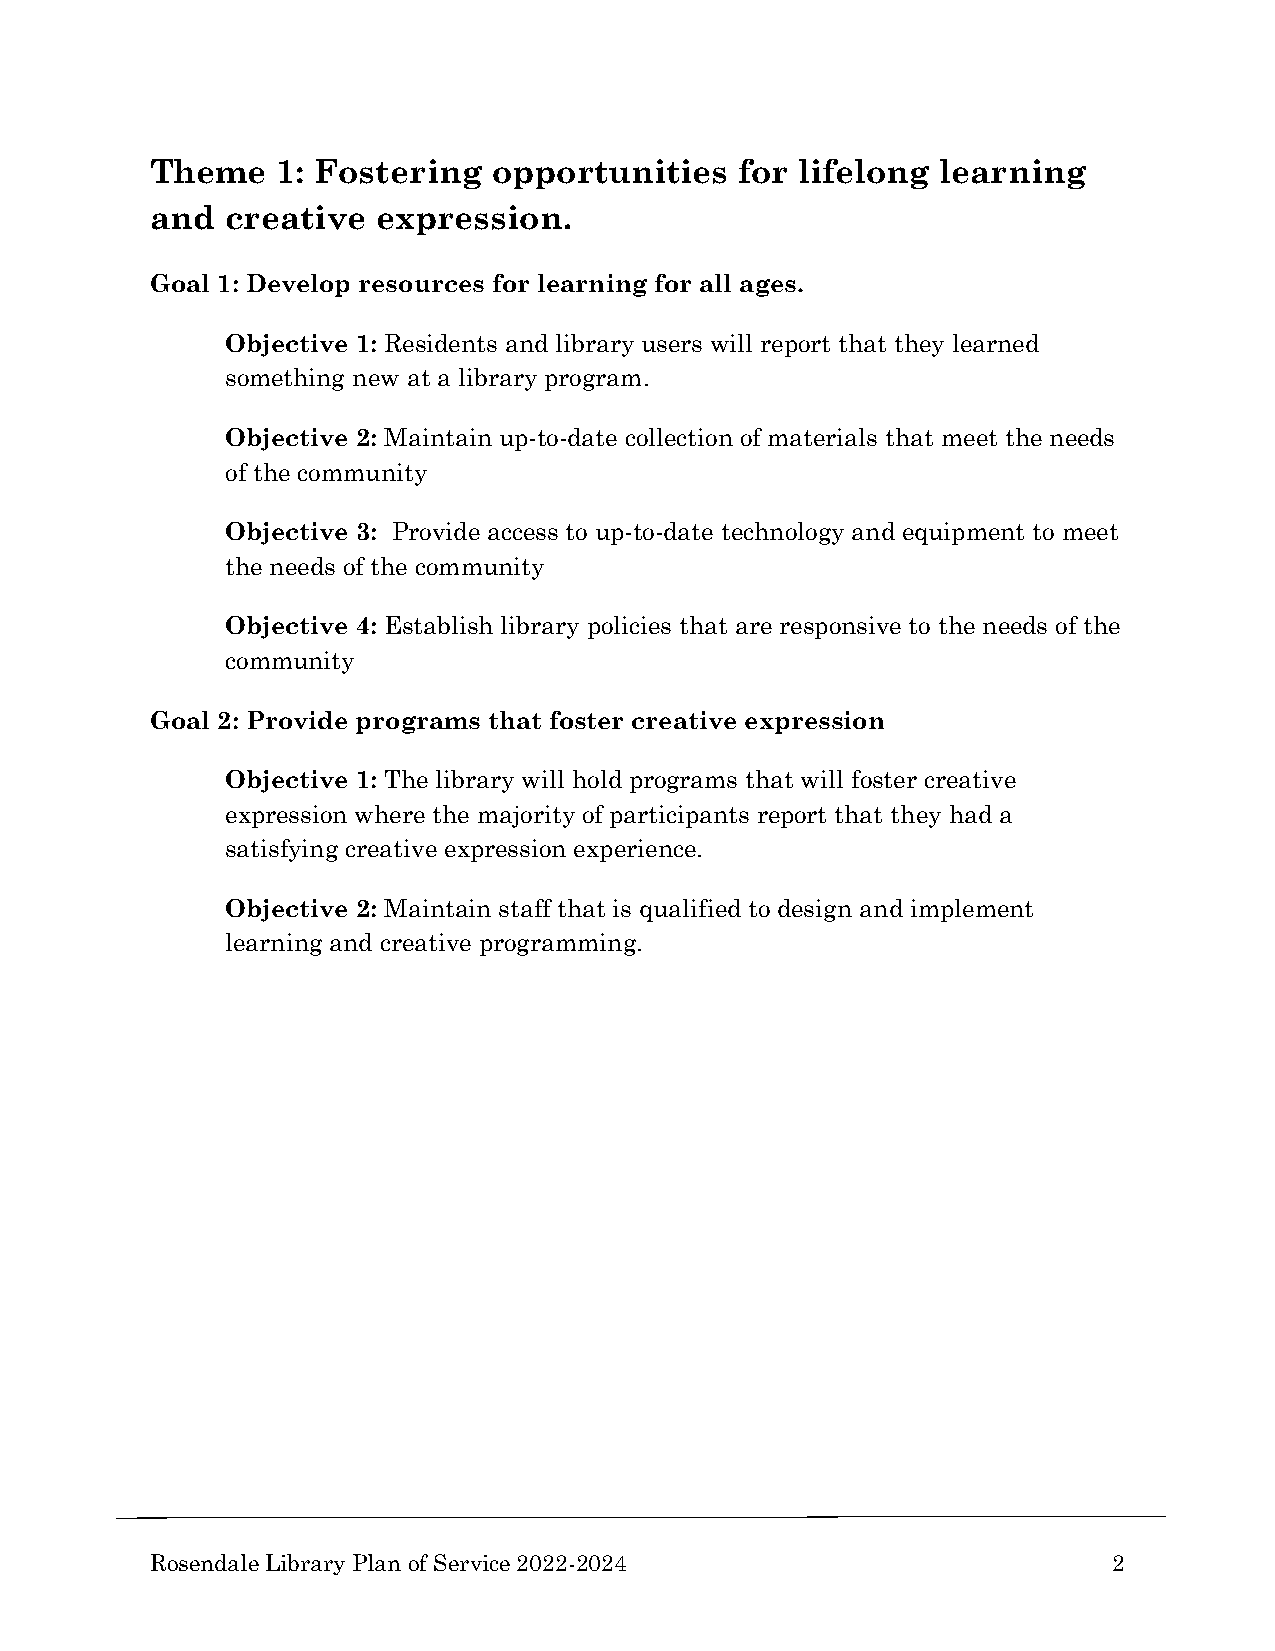
Theme   1: Fostering   opportunities   for lifelong learning
 and  creative  expression.
 Goal 1: Develop resources for learning for all ages.
 Objective 1: Residents and library users will report that they learned
 something new at a library program.
 Objective 2: Maintain up-to-date collection of materials that meet the needs
 of the community
 Objective 3: Provide access to up-to-date technology and equipment to meet
 the needs of the community
 Objective 4: Establish library policies that are responsive to the needs of the
 community
 Goal 2: Provide programs that foster creative expression
 Objective 1: The library will hold programs that will foster creative
 expression where the majority of participants report that they had a
 satisfying creative expression experience.
 Objective 2: Maintain staff that is qualified to design and implement
 learning and creative programming.
 Rosendale Library Plan of Service 2022-2024                     2